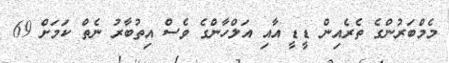
މެމްބަރުންގެ ތެރެއިން ޑީޑީ އާއި އަލްހާންގެ ވެސް އިތުބާރު ނެތް ކަމަށް 69